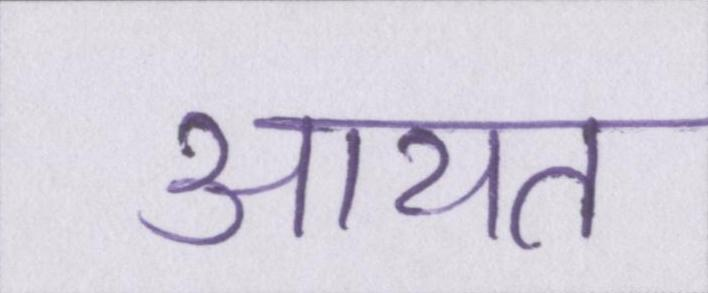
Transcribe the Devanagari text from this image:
आयत